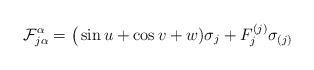
LaTeX: \begin{align*} \mathcal F^\alpha_{j\alpha}=\big(\sin u+\cos v+w)\sigma_j+F^{(j)}_j\sigma_{(j)} \end{align*}